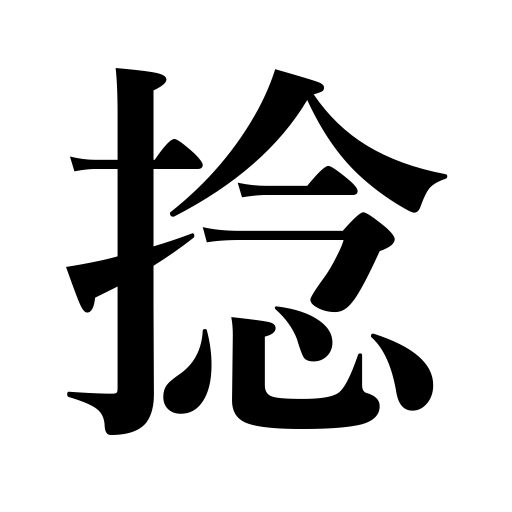
Meanings: a twist,small gift of money,pinch of salt